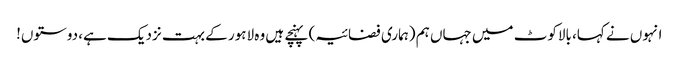
انہوں نے کہا، بالاکوٹ میں جہاں ہم (ہماری فضائیہ) پہنچے ہیں وہ لاہور کے بہت نزدیک ہے، دوستوں!